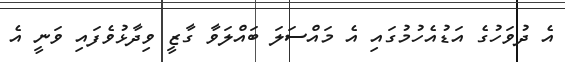
އެ ދުވަހުގެ އަޑުއެހުމުގައި އެ މައްސަލަ ބައްލަވާ ގާޒީ ވިދާޅުވެފައި ވަނީ އެ